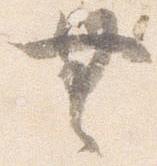
無